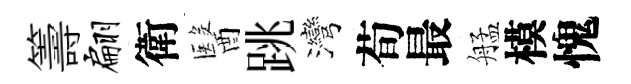
籌翩衛醫跳灣荀最艋模愧